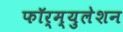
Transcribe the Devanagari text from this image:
फॉर्म्युलेशन